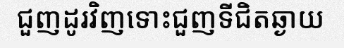
ជួញដូរវិញទោះជួញទីជិតឆ្ងាយ